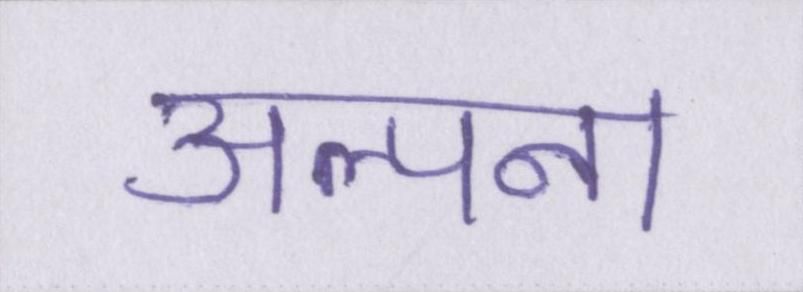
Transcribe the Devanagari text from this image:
अल्पना